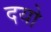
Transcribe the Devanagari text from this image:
दयो